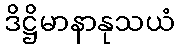
ဒိဋ္ဌိမာနာနုသယံ